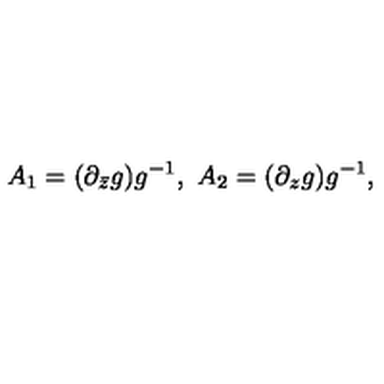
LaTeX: A _ { 1 } = ( \partial _ { \bar { z } } g ) g ^ { - 1 } , \ A _ { 2 } = ( \partial _ { z } g ) g ^ { - 1 } ,